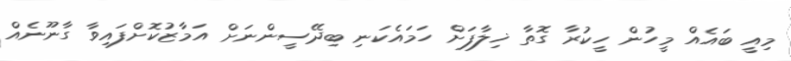
މިއީ ބައެއް މީހުން ހީކުރާ ގޮތާ ޚިލާފަށް ހަމައެކަނި ބިދޭސީންނަށް އަމާޒުކޮށްފައިވާ ގާނޫނެއް